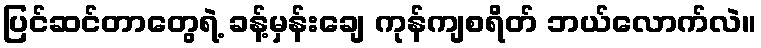
ပြင်ဆင်တာတွေရဲ့ ခန့်မှန်းချေ ကုန်ကျစရိတ် ဘယ်လောက်လဲ။